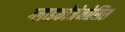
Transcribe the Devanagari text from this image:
ग्लाइकोजेनोसिस